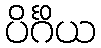
ပိင်္ဂိယ